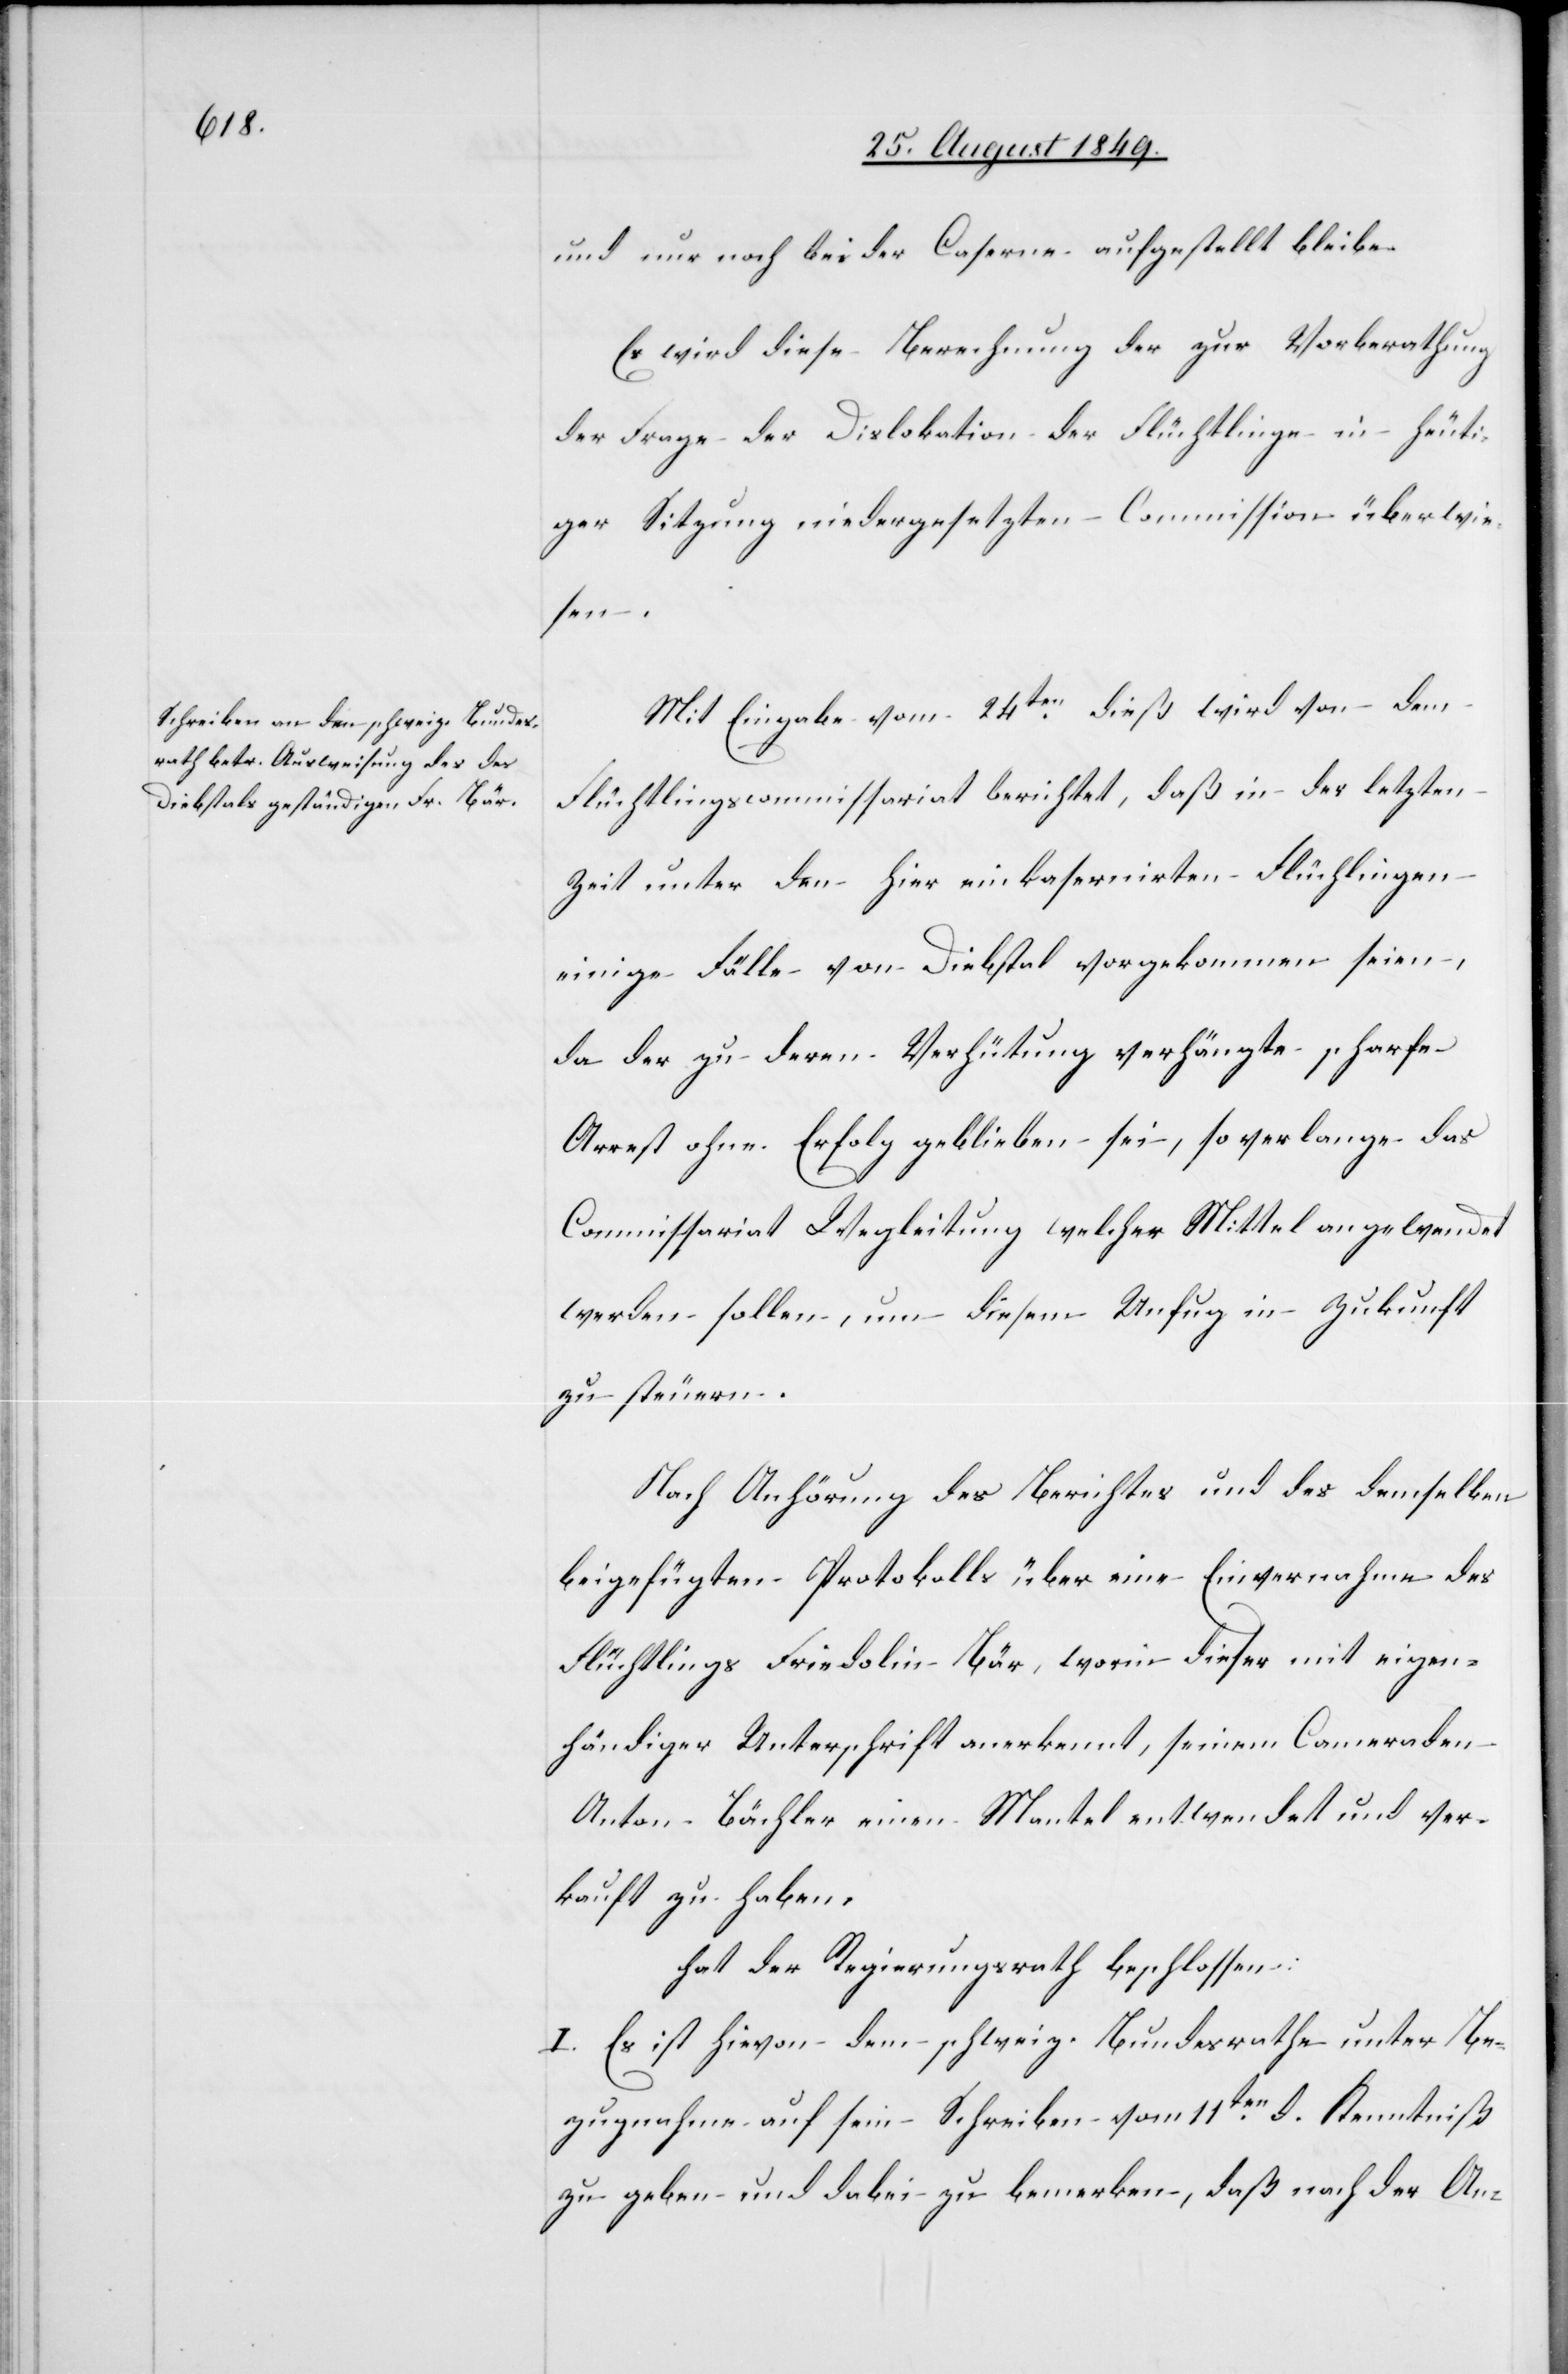
und nur noch bei der Caserne aufgestellt bleibe.
Es wird diese Berechnung der zur Vorberathung
der Frage der Dislokation der Flüchtlinge in heuti¬
ger Sitzung niedergesetzten Commission überwie¬
sen.
Mit Eingabe vom 24ten dieß wird von dem
Flüchtlingscommissariat berichtet, daß in der letzten
Zeit unter den hier einkasernirten Flüchtlingen
einige Fälle von Diebstal vorgekommen seien,
da der zu deren Verhütung verhängte scharfe
Arrest ohne Erfolg geblieben sei, so verlange das
Commissariat Wegleitung welcher [sic!] Mittel angewendet
werden sollen, um diesem Unfug in Zukunft
zu steuern.
Nach Anhörung des Berichtes und des demselben
beigefügten Protokolls über eine Einvernahme des
Flüchtlings Friedolin Bär, worin dieser mit eigen¬
händiger Unterschrift anerkennt, seinem Cameraden
Anton Bächler einen Mantel entwendet und ver¬
kauft zu haben.
hat der Regierungsrath beschlossen:
I. Es ist hievon dem schweiz. Bundesrathe unter Be¬
zugnahme auf sein Schreiben vom 11ten d. Kenntniß
zu geben und dabei zu bemerken, daß nach der An-